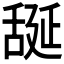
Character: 𦧝